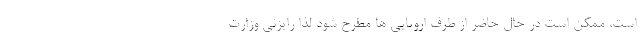
است، ممکن است در حال حاضر از طرف اروپایی ها مطرح شود لذا رایزنی وزارت